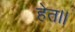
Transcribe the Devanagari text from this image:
हेत।।